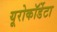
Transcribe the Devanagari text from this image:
यूरोकॉर्डेटा